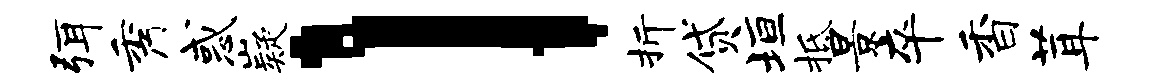
弭秀惑嶷l折贷垣柢景卒香茸